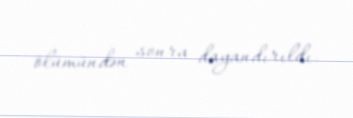
ölümündən sonra dayandırıldı.